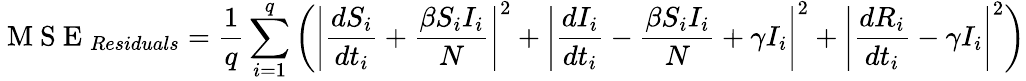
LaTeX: \mathrm{~M~S~E~}_{Residuals}=\frac{1}{q}\sum_{i=1}^{q}\left(\left|\frac{d{S}_{i}}{dt_{i}}+\frac{\beta{S}_{i}{I}_{i}}{N}\right|^{2}+\left|\frac{d{I}_{i}}{dt_{i}}-\frac{\beta{S}_{i}{I}_{i}}{N}+\gamma I_{i}\right|^{2}+\left|\frac{d{R}_{i}}{dt_{i}}-\gamma I_{i}\right|^{2}\right)